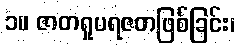
၁။ ဇာတရူပရဇတဖြစ်ခြင်း၊